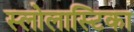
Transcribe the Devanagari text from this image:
स्लोलास्टिका